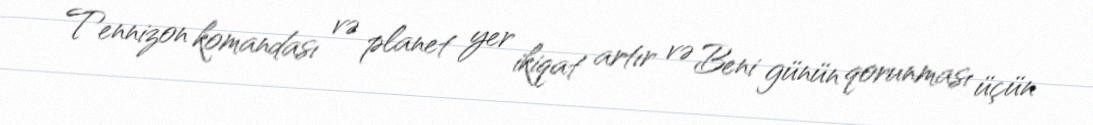
Tennizon komandası və planet yer ikiqat artır və Beni günün qorunması üçün